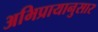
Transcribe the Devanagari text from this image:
अभिप्रायानुसार